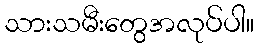
သားသမီးတွေအလုပ်ပါ။